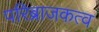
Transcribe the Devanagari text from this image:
परिब्राजकत्व